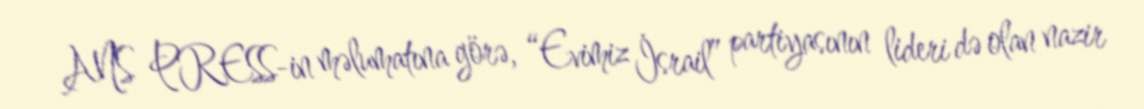
ANS PRESS-in məlumatına görə, “Evimiz İsrail” partiyasının lideri də olan nazir